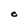
Character: O